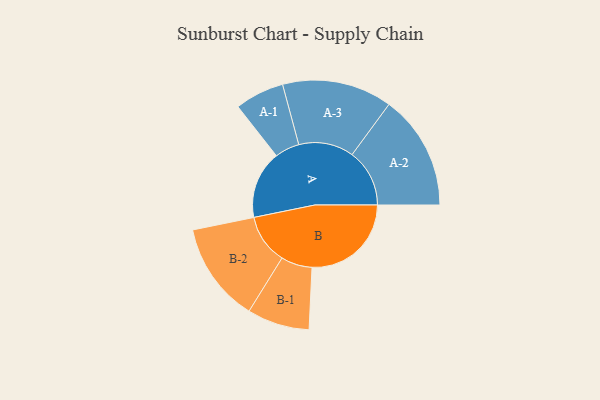
{"axis": {"x": "Segment", "y": "Value"}, "legend": ["", "A", "B"], "data": [{"x": "A", "y": 333, "type": ""}, {"x": "B", "y": 487, "type": ""}, {"x": "A-1", "y": 121, "type": "A"}, {"x": "A-2", "y": 282, "type": "A"}, {"x": "A-3", "y": 270, "type": "A"}, {"x": "B-1", "y": 153, "type": "B"}, {"x": "B-2", "y": 245, "type": "B"}]}